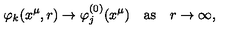
\varphi _ { k } ( x ^ { \mu } , r ) \to \varphi _ { j } ^ { ( 0 ) } ( x ^ { \mu } ) \quad \mathrm { a s } \quad r \to \infty ,